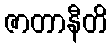
ဇာတာနီတိ